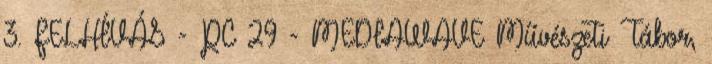
3. FELHÍVÁS - PC 29 - MEDIAWAVE Művészeti Tábor,